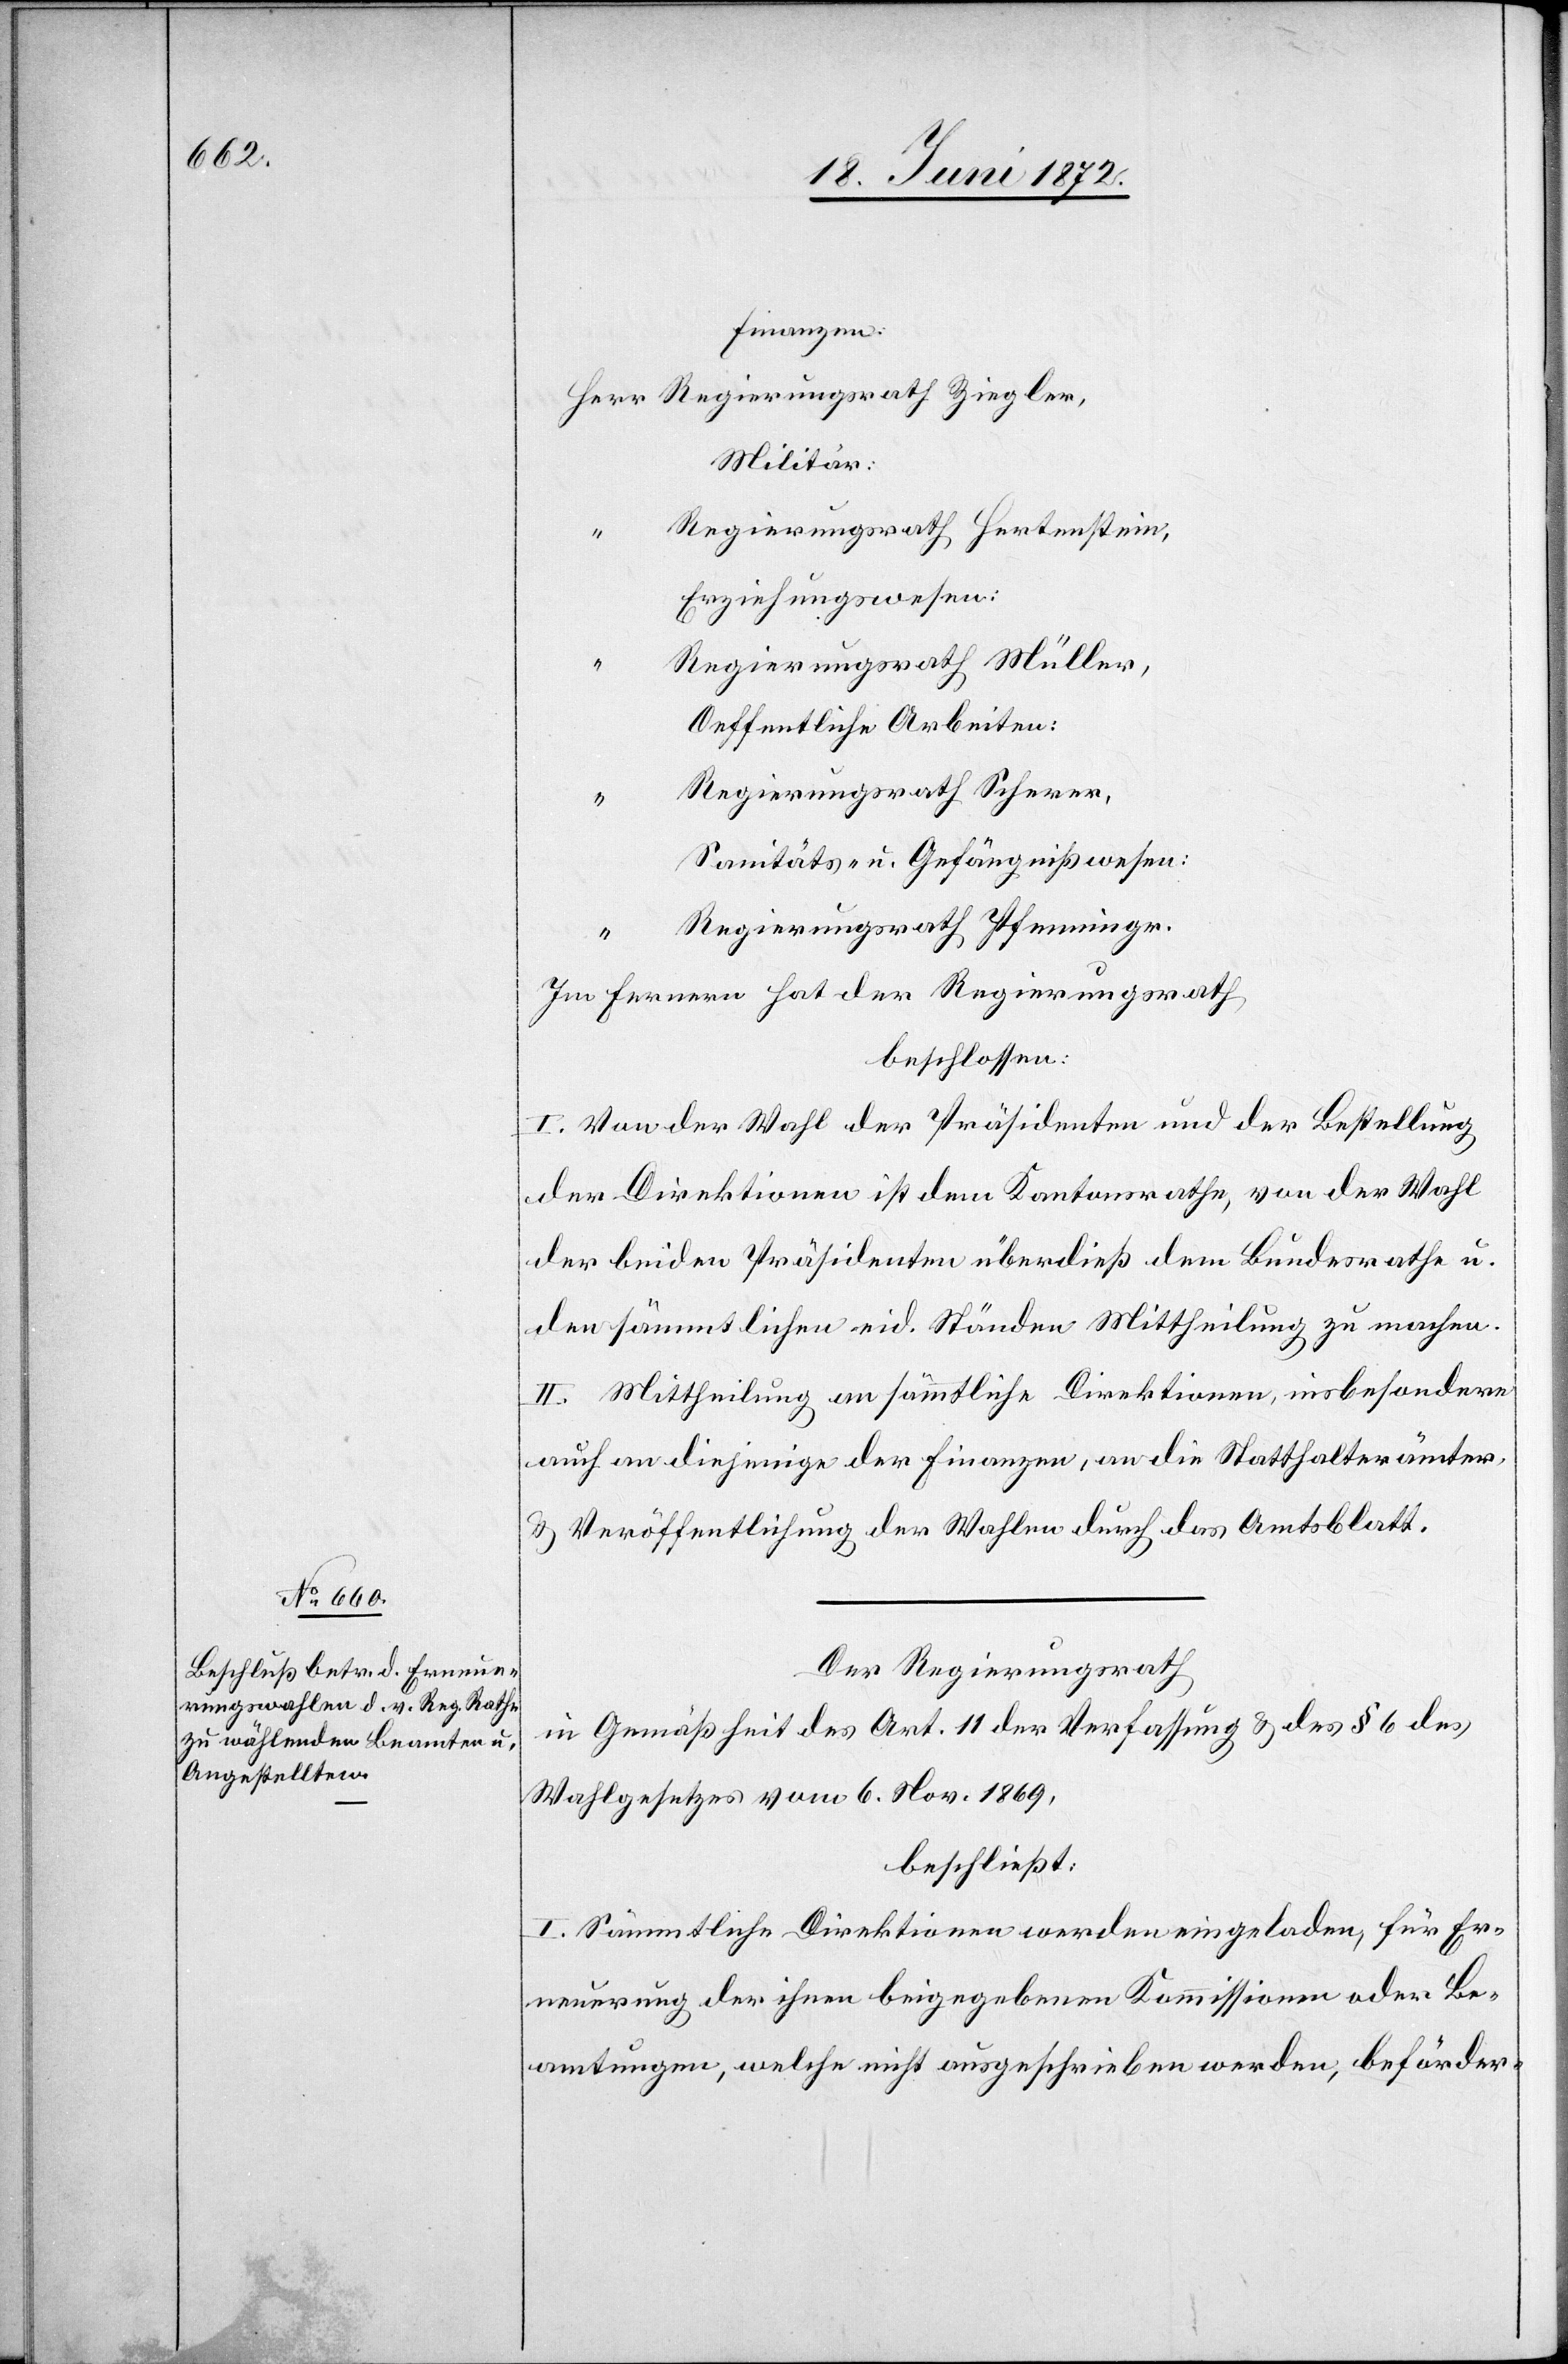
Finanzen:
Militär:
Regierungsrath Hertenstein,
Erziehungswesen:
Regierungsrath Müller,
Öffentliche Arbeiten:
Regierungsrath Scherer,
Sanitäts- u. Gefängnißwesen:
Regierungsrath Pfenninger.
Im Fernern hat der Regierungsrath
beschlossen:
I. Von der Wahl der Präsidenten und der Bestellung
der Direktionen ist dem Kantonsrathe, von der Wahl
der beiden Präsidenten überdieß dem Bundesrathe u.
den sämmtlichen eid. Ständen Mittheilung zu machen.
II. Mittheilung an sämmtliche Direktionen, insbesondere
auch an diejenige der Finanzen, an die Statthalterämter,
u. Veröffentlichung der Wahlen durch das Amtsblatt.
Der Regierungsrath
in Gemäßheit des Art. 11 der Verfassung u. des § 6 des
Wahlgesetzes vom 6. Nov. 1869,
beschließt:
I. Sämmtliche Direktionen werden eingeladen, für Er¬
neuerung der ihnen beigegebenen Kommissionen oder Be¬
amtungen, welche nicht ausgeschrieben werden, beförder-